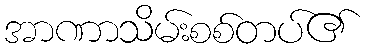
အာဏာသိမ်းစစ်တပ်၏